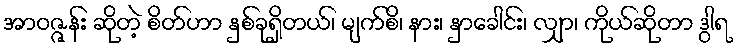
အာဝဇ္ဇန်း ဆိုတဲ့ စိတ်ဟာ နှစ်ခုရှိတယ်၊ မျက်စိ၊ နား၊ နှာခေါင်း၊ လျှာ၊ ကိုယ်ဆိုတာ ဒွါရ